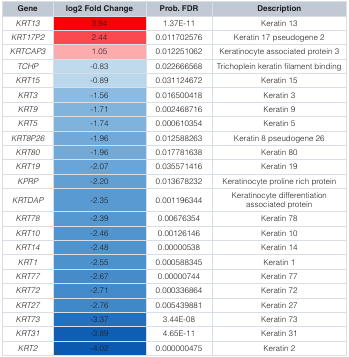
| Gene | log2 Fold Change | Prob. FDR | Description |
 | --- | --- | --- | --- |
 | KRT13 | 3.94 | 1.37E-11 | Keratin 13 |
 | KRT17P2 | 2.44 | 0.011702576 | Keratin 17 pseudogene 2 |
 | KRTCAP3 | 1.05 | 0.012251062 | Keratinocyte associated protein 3 |
 | TCHP | -0.83 | 0.022666568 | Trichoplein keratin filament binding |
 | KRT15 | -0.89 | 0.031124672 | Keratin 15 |
 | KRT3 | -1.56 | 0.016500418 | Keratin 3 |
 | KRT9 | -1.71 | 0.002468716 | Keratin 9 |
 | KRT5 | -1.74 | 0.000610354 | Keratin 5 |
 | KRT8P26 | -1.96 | 0.012588263 | Keratin 8 pseudogene 26 |
 | KRT80 | -1.96 | 0.017781638 | Keratin 80 |
 | KRT19 | -2.07 | 0.035571416 | Keratin 19 |
 | KPRP | -2.20 | 0.013678232 | Keratinocyte proline rich protein |
 | KRTDAP | -2.35 | 0.001196344 | Keratinocyte differentiationassociated protein |
 | KRT78 | -2.39 | 0.00676354 | Keratin 78 |
 | KRT10 | -2.46 | 0.00126146 | Keratin 10 |
 | KRT14 | -2.48 | 0.00000538 | Keratin 14 |
 | KRT1 | -2.55 | 0.000588345 | Keratin 1 |
 | KRT77 | -2.67 | 0.00000744 | Keratin 77 |
 | KRT72 | -2.71 | 0.000336864 | Keratin 72 |
 | KRT27 | -2.76 | 0.005439881 | Keratin 27 |
 | KRT73 | -3.37 | 3.44E-08 | Keratin 73 |
 | KRT31 | -3.89 | 4.65E-11 | Keratin 31 |
 | KRT2 | -4.02 | 0.000000475 | Keratin 2 |